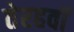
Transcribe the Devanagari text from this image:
तेरहवॉं